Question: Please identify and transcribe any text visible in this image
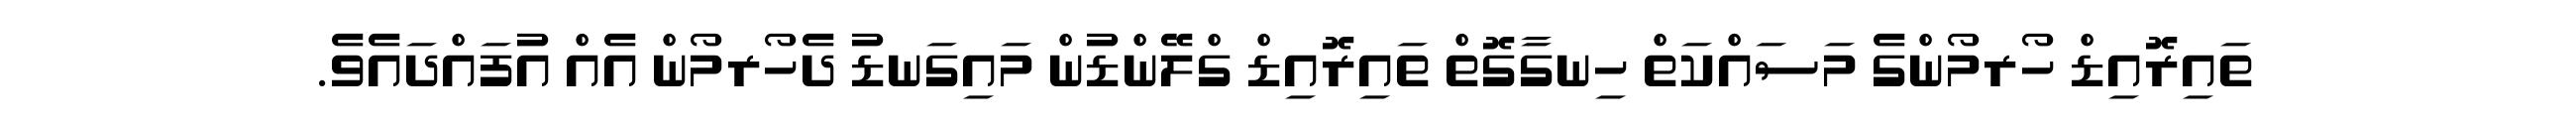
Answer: ތައިރޮއިޑް ހޯރމޯންގެ މަސައްކަތް ހިނގާގޮތް ތައިރޮއިޑް ގްލޭންޑުން މައިގަނޑު ދެހޯރމޯން އެއް އުފައްދައެވެ.